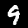
Label: 9